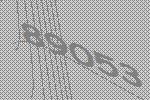
89053